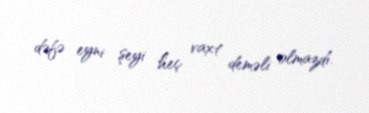
dəfə eyni şeyi heç vaxt deməli olmazdı.